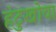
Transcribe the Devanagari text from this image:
हंटुखोवा